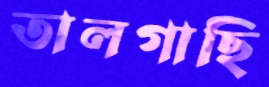
তালগাছি